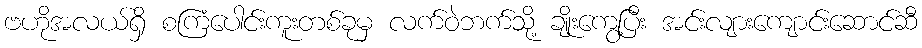
ဗဟိုအလယ်ရှိ စကြံပေါင်းကူးတစ်ခုမှ လက်ဝဲဘက်သို့ ချိုးကွေ့ပြီး အင်းလျားကျောင်းဆောင်ဆီ